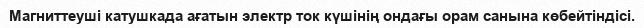
Магниттеуші катушкада ағатын электр ток күшінің ондағы орам санына көбейтіндісі.